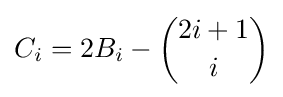
C_{i}=2B_{i}-{\binom {2i+1}{i}}